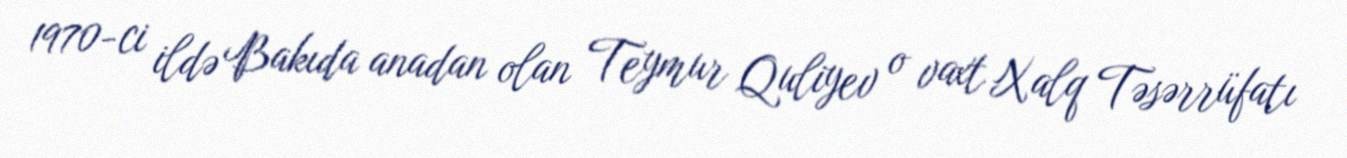
1970-ci ildə Bakıda anadan olan Teymur Quliyev o vaxt Xalq Təsərrüfatı